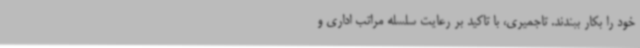
خود را بکار ببندند. تاجمیری، با تاکید بر رعایت سلسله مراتب اداری و